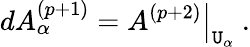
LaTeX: dA_{\alpha}^{(p+1)}=\left.A^{(p+2)}\right|_{\mathtt{U}_{\alpha}}\ .